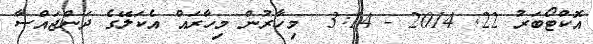
އޮކްޓޯބަރު 22